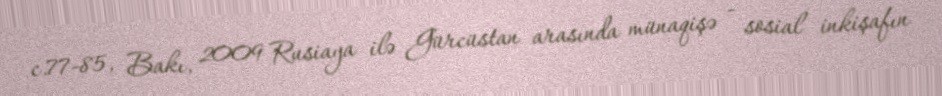
c.77-85, Bakı, 2009 Rusiaya ilə Gürcüstan arasında münaqişə - sosial inkişafın